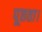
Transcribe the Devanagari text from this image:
पूछता।